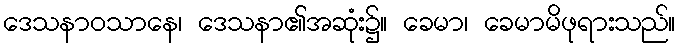
ဒေသနာဝသာနေ၊ ဒေသနာ၏အဆုံး၌။ ခေမာ၊ ခေမာမိဖုရားသည်။